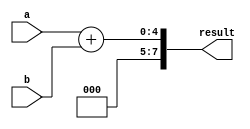
module parameter_assignment(
   input [3:0] a,
   input [3:0] b,
   output reg [7:0] result
);

parameter ADD_MODE = 1;  // 1 for addition, 0 for subtraction

always @* begin
   if (ADD_MODE) begin
      result = a + b;
   end else begin
      result = a - b;
   end
end

endmodule